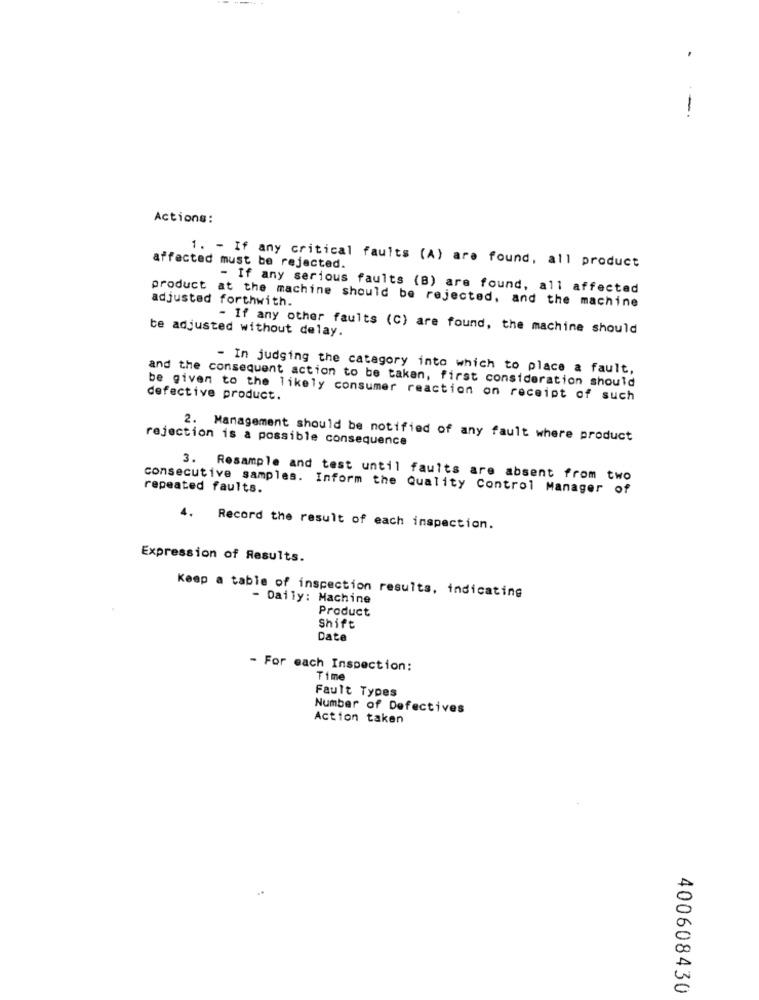
Actions:
affected must be rejected.
1. - If any critical faults (A) are found, all product
- If any serious faults (B) are found, all affected
product at the machine should be rejected, and the machine
adjusted forthwith.
te adjusted without delay.
- If any other faults (C) are found, the machine should
- In judging the category into which to place a fault,
and the consequent action to be taken, first consideration should
be given to the likely consumer reaction on receipt of such
defective product.
rejection is a possible consequence
2. Management should be notified of any fault where product
3. Resample and test until faults are absent from two
consecutive samples. Inform the Quality Control Manager of
repeated faults.
4.
Record the result of each inspection.
Expression of Results.
Keep a table of inspection results, indicating
- Daily: Machine
Product
Shift
Date
- For each Inspection:
Time
Fault Types
Number of Defectives
Action taken
400608430